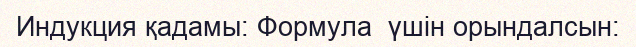
Индукция қадамы: Формула  үшін орындалсын: